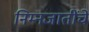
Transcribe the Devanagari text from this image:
निम्नजातींचे